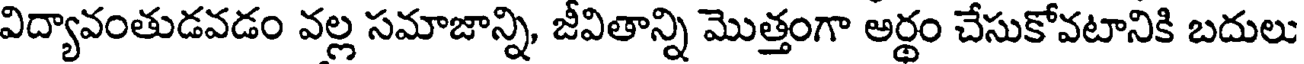
విద్యావంతుడవడం వల్ల సమాజాన్ని, జీవితాన్ని మొత్తంగా అర్థం చేసుకోవటానికి బదులు